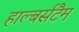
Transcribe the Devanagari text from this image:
हाल्बर्सटैम